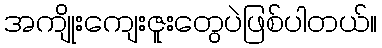
အကျိုးကျေးဇူးတွေပဲဖြစ်ပါတယ်။